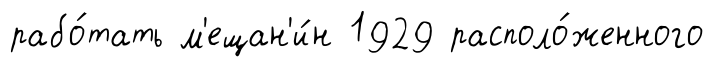
рабо́тать м'ещан'и́н 1929 располо́женного